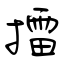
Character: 擂